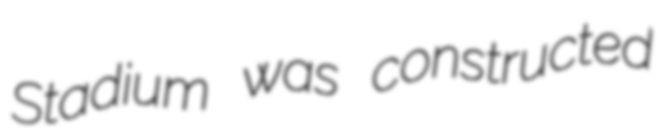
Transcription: Stadium was constructed